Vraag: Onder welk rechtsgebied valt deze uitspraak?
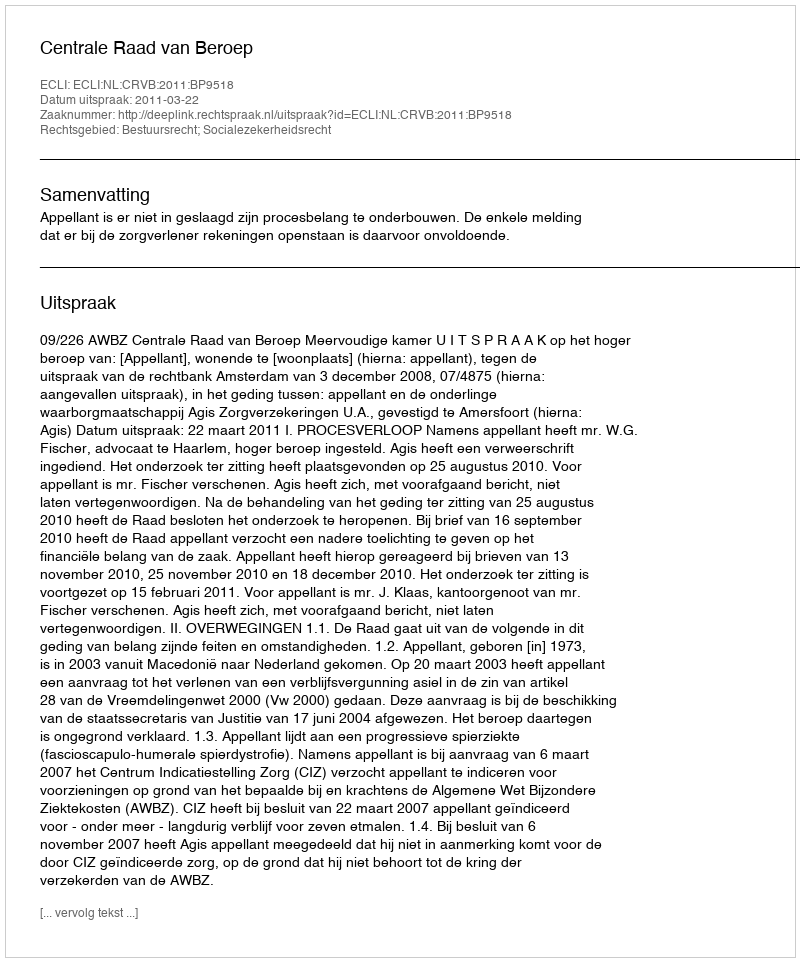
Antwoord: Bestuursrecht; Socialezekerheidsrecht